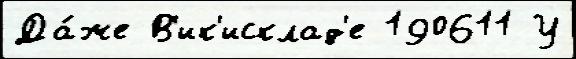
Да́же В'ик'исклад'е 190611 У